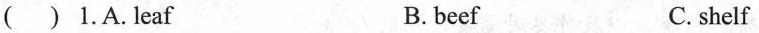
( ) 1.A.leaf B. beef C. shelf